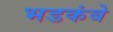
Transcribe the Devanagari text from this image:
भडकंबे